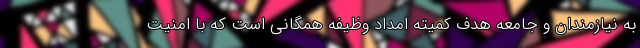
به نیازمندان و جامعه هدف کمیته امداد وظیفه همگانی است که با امنیت